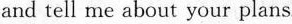
and tell me about your plans.